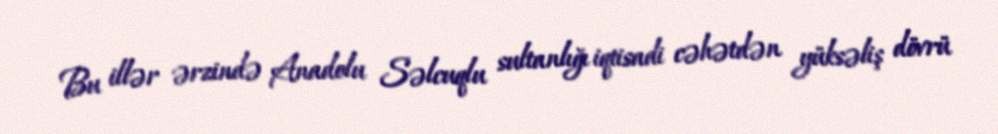
Bu illər ərzində Anadolu Səlcuqlu sultanlığı iqtisadi cəhətdən yüksəliş dövrü